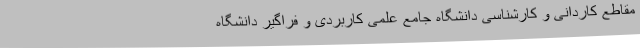
مقاطع کاردانی و کارشناسی دانشگاه جامع علمی کاربردی و فراگیر دانشگاه